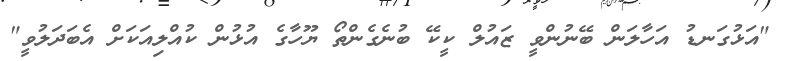
"އަޅުގަނޑު އަހާލަން ބޭނުންވީ ޒައުލް ކީކޭ ބުނެގެންތޯ ޔޫހާގެ އުޅުން ކުއްލިއަކަށް އެބަދަލުވީ"